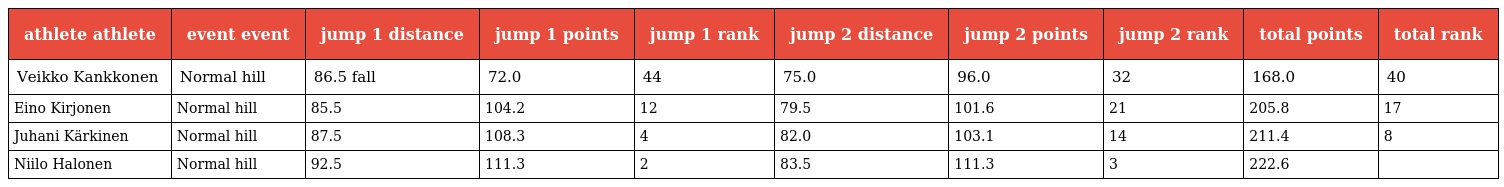
| athlete athlete | event event | jump 1 distance | jump 1 points | jump 1 rank | jump 2 distance | jump 2 points | jump 2 rank | total points | total rank |
 | --- | --- | --- | --- | --- | --- | --- | --- | --- | --- |
 | Veikko Kankkonen | Normal hill | 86.5 fall | 72.0 | 44 | 75.0 | 96.0 | 32 | 168.0 | 40 |
 | Eino Kirjonen | Normal hill | 85.5 | 104.2 | 12 | 79.5 | 101.6 | 21 | 205.8 | 17 |
 | Juhani Kärkinen | Normal hill | 87.5 | 108.3 | 4 | 82.0 | 103.1 | 14 | 211.4 | 8 |
 | Niilo Halonen | Normal hill | 92.5 | 111.3 | 2 | 83.5 | 111.3 | 3 | 222.6 |  |